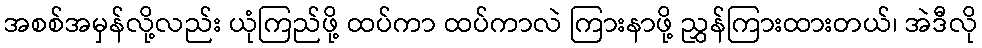
အစစ်အမှန်လို့လည်း ယုံကြည်ဖို့ ထပ်ကာ ထပ်ကာလဲ ကြားနာဖို့ ညွှန်ကြားထားတယ်၊ အဲဒီလို